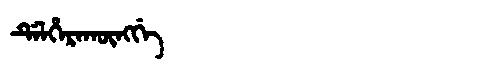
Manchu: ᡩᡝᠯᡥᡝᡵᠠᡴᡡᠩᡤᡝ
Romanization: DELHERAKŪNGGE